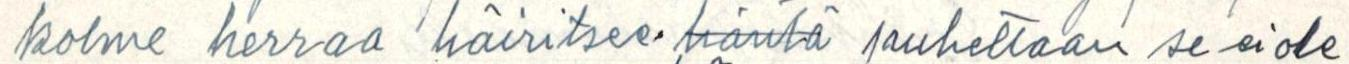
kolme herraa häiritsee häntä puhettaan se ei ole